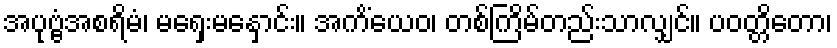
အပုဗ္ဗံအစရိမံ၊ မရှေးမနှောင်း။ အကိံယေဝ၊ တစ်ကြိမ်တည်းသာလျှင်။ ပဝတ္တိတော၊